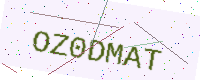
Text: OZ0DMAT